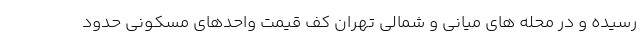
رسیده و در محله های میانی و شمالی تهران کف قیمت واحدهای مسکونی حدود